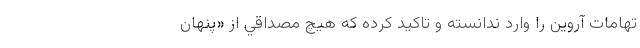
تهامات آروین را وارد ندانسته و تاکید کرده که هيچ مصداقي از «پنهان